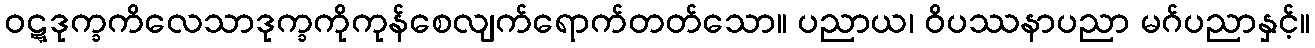
ဝဋ္ဋဒုက္ခကိလေသာဒုက္ခကိုကုန်စေလျက်ရောက်တတ်သော။ ပညာယ၊ ဝိပဿနာပညာ မဂ်ပညာနှင့်။